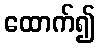
ထောက်၍